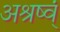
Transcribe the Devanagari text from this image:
अश्रुष्वं